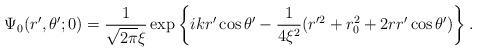
LaTeX: \begin{align*}\Psi_{\rm{0}}(r',\theta';0)={1\over\sqrt{2\pi}\xi}\exp\left\{ikr'\cos\theta'-{1\over4\xi^2}(r'^2+r_0^2+2rr'\cos\theta')\right\}.\end{align*}